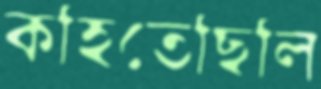
কহিতেছিলি